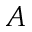
A